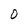
Character: 0